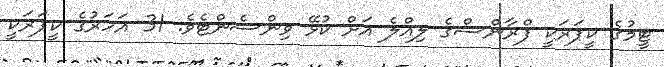
ޓީމުގެ ކީޕަރަކީ ފްރާންސްގެ ލިއްލެ އަށް ކުޅޭ ވިންސެންޓެވެ. 31 އަހަރުގެ ކީޕަރަކީ